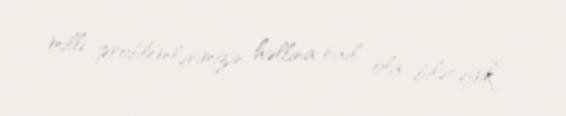
milli problemlərimizin həllina nail ola biləcəyik.